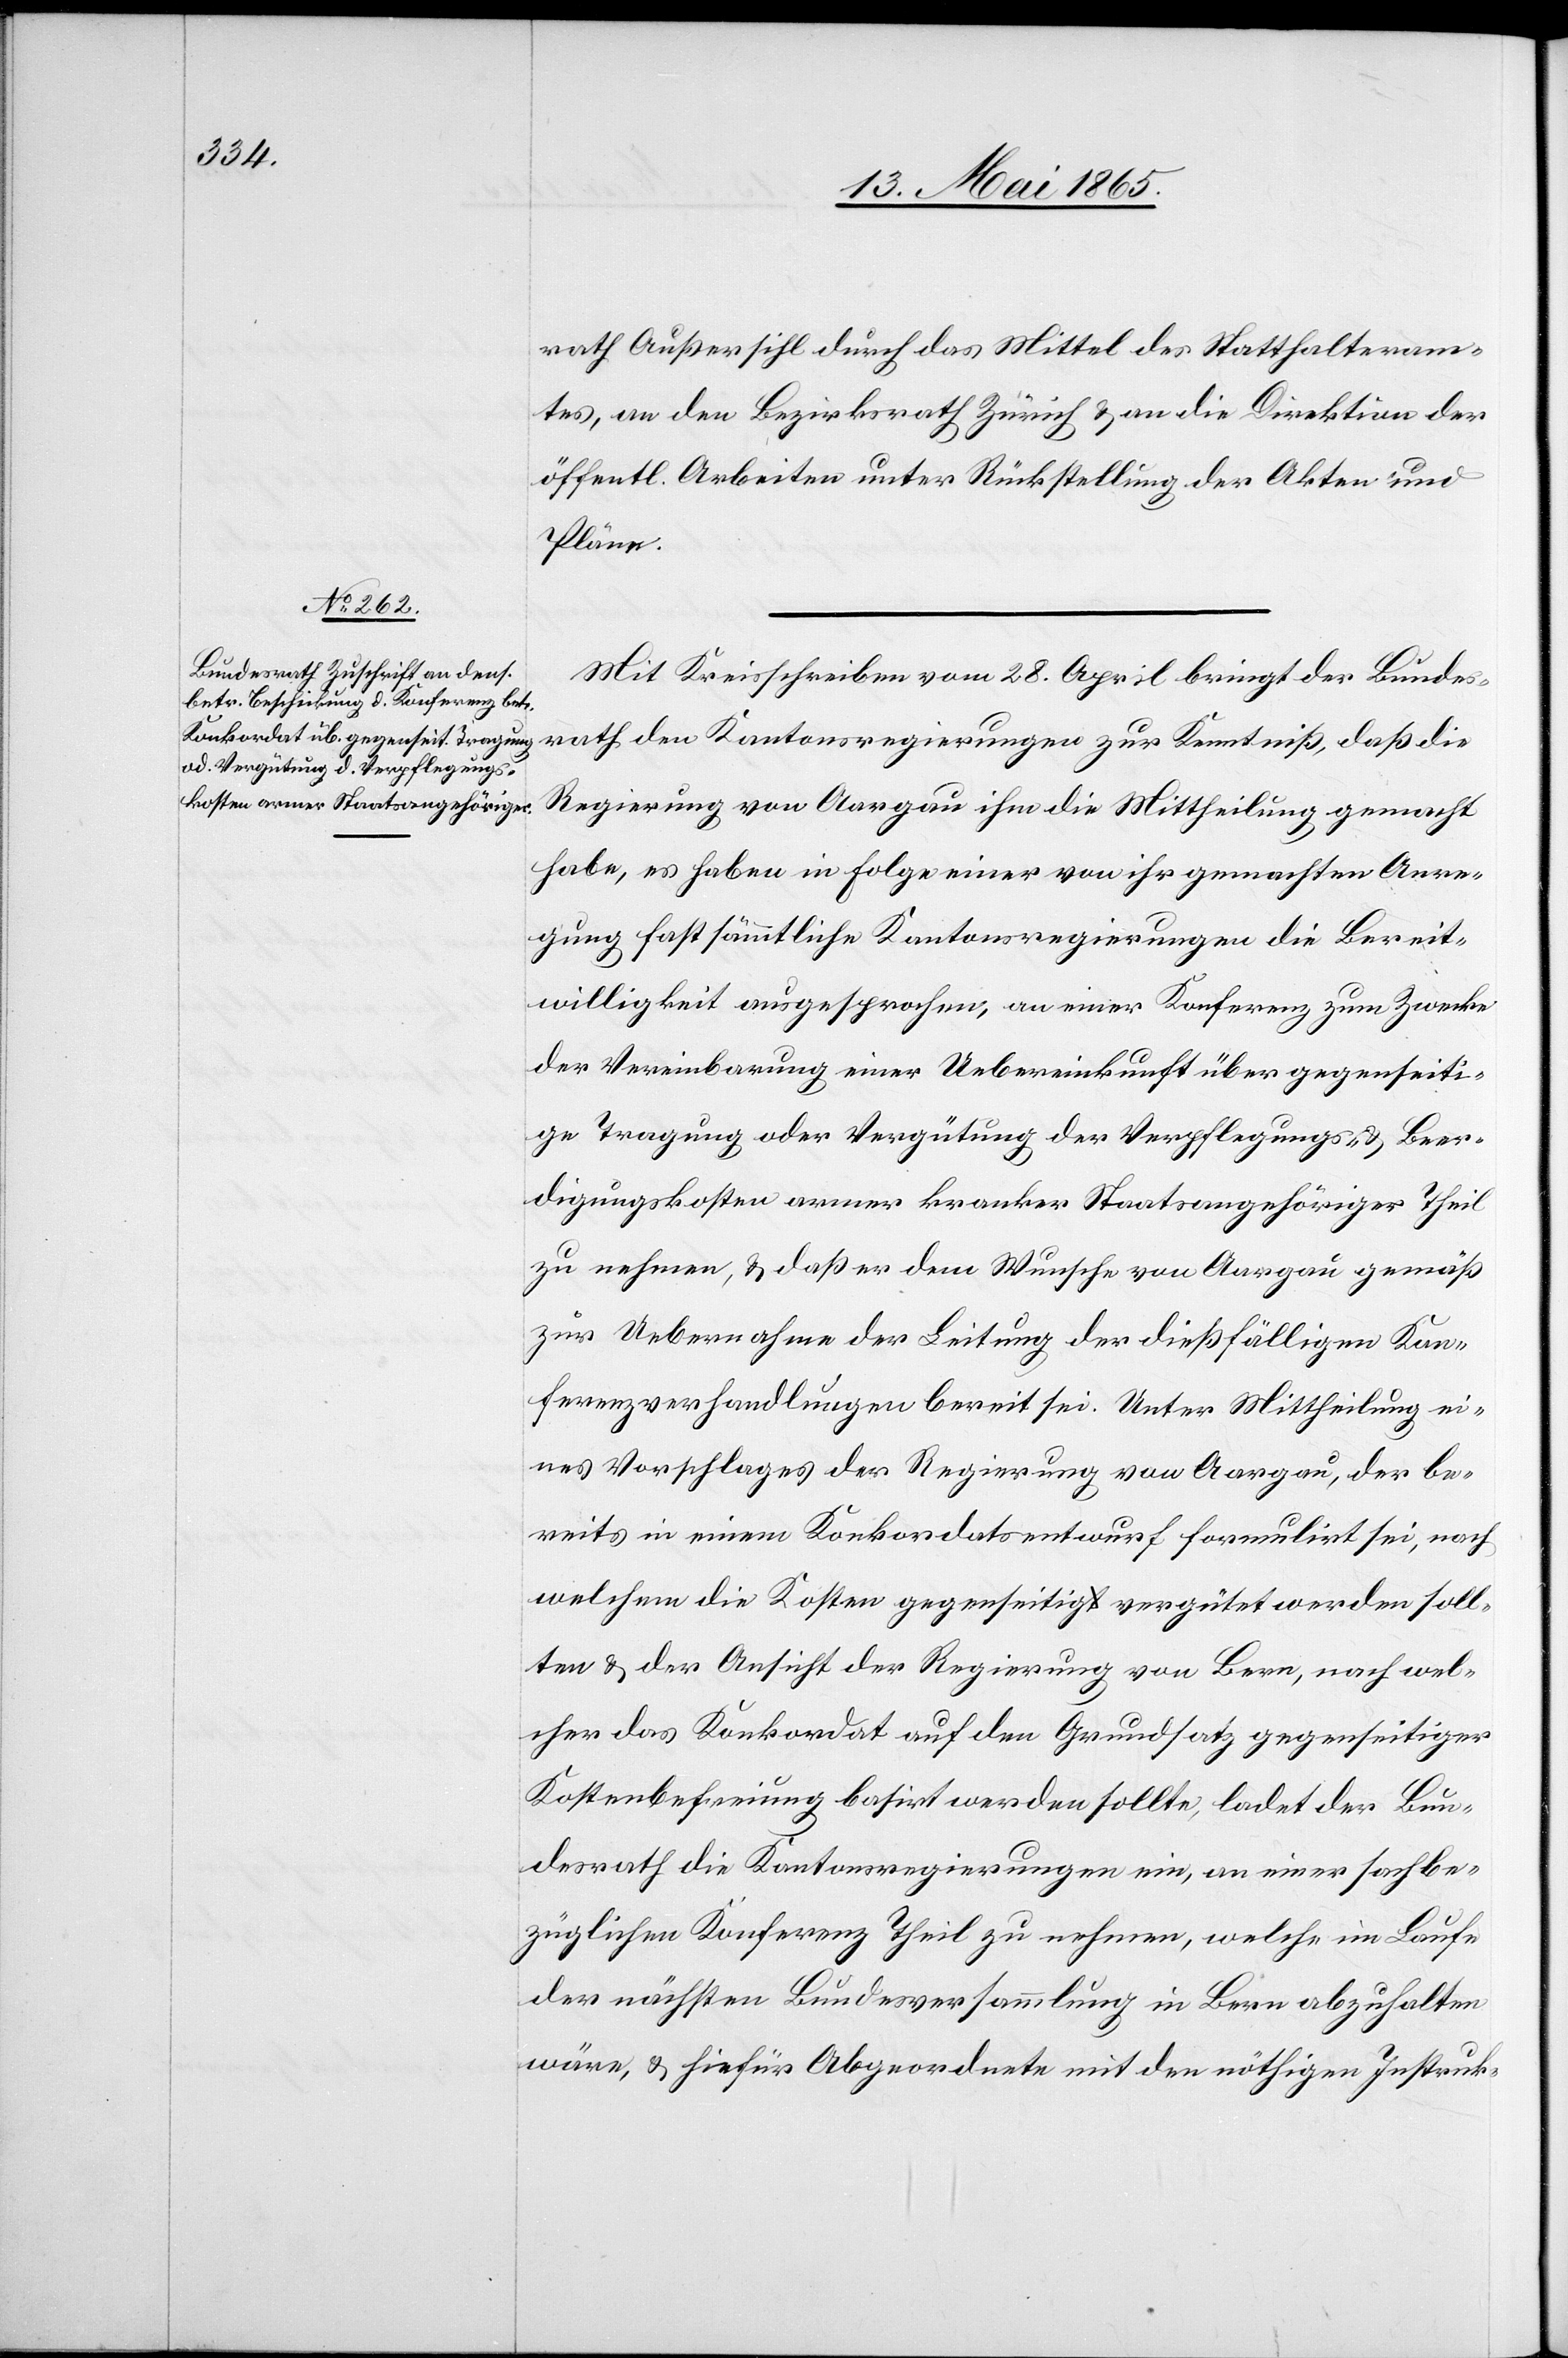
rath Außersihl durch das Mittel des Statthalteram¬
tes, an den Bezirksrath Zürich & an die Direktion der
öffentl. Arbeiten unter Rückstellung der Akten und
Pläne.
Mit Kreisschreiben vom 28. April bringt der Bundes¬
rath den Kantonsregierungen zur Kenntniß, daß die
Regierung von Aargau ihm die Mittheilung gemacht
habe, es haben in Folge einer von ihr gemachten Anre¬
gung fast sämmtliche Kantonsregierungen die Bereit¬
willigkeit ausgesprochen, an einer Konferenz zum Zwecke
der Vereinbarung einer Uebereinkunft über gegenseiti¬
ge Tragung oder Vergütung der Verpflegungs- & Beer¬
digungskosten armer kranker Staatsangehöriger Theil
zu nehmen, & daß er dem Wunsche von Aargau gemäß
zur Uebernahme der Leitung der dießfälligen Kon¬
ferenzverhandlungen bereit sei. Unter Mittheilung ei¬
nes Vorschlages der Regierung von Aargau, der be¬
reits in einem Konkordatsentwurf formulirt sei, nach
welchem die Kosten gegenseitig vergütet werden soll¬
ten & der Ansicht der Regierung von Bern, nach wel¬
cher das Konkordat auf den Grundsatz gegenseitiger
Kostenbefreiung basirt werden sollte, ladet der Bun¬
desrath die Kantonsregierungen ein, an einer sachbe¬
züglichen Konferenz Theil zu nehmen, welche im Laufe
der nächsten Bundesversammlung in Bern abzuhalten
wäre, & hiefür Abgeordnete mit den nöthigen Instruk-